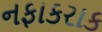
નફાકરાક